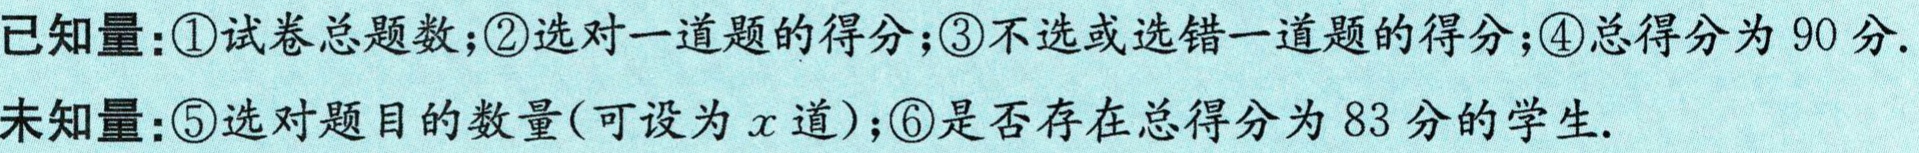
已知量：\textcircled{1}试卷总题数；\textcircled{2}选对一道题的得分；\textcircled{3}不选或选错一道题的得分；\textcircled{4}总得分为 90 分.

未知量：\textcircled{5}选对题目的数量(可设为\(x\)道)；\textcircled{6}是否存在总得分为 83 分的学生.